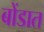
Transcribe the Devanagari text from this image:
बोंडात